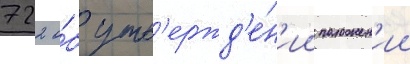
722 о́б утв'ержд'е́н'ии положен'ии